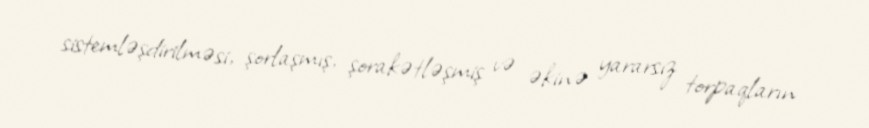
sistemləşdirilməsi, şorlaşmış, şorakətləşmiş və əkinə yararsız torpaqların